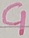
Text: C1